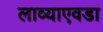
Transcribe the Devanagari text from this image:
लाव्याएवडा